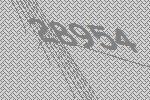
28954